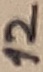
Text: 12